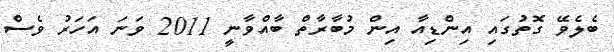
ބެލެވޭ ގޮތުގައި އިންޑިއާ އިން މުބާރާތް ބާއްވާނީ 2011 ވަނަ އަހަރު ވެސް